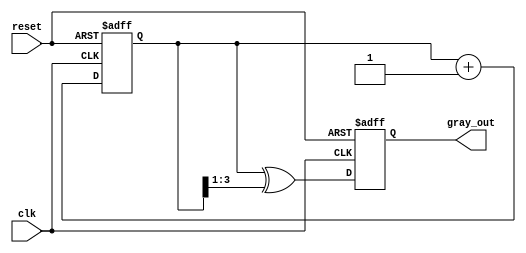
module gray_code_counter #(
    parameter N = 4  // Number of bits for the counter
)(
    input wire clk,          // Clock signal
    input wire reset,        // Asynchronous reset signal
    output reg [N-1:0] gray_out // Gray code output
);

    reg [N-1:0] binary_count; // Internal binary counter

    // Binary to Gray code conversion
    function [N-1:0] binary_to_gray;
        input [N-1:0] binary;
        begin
            binary_to_gray = binary ^ (binary >> 1);
        end
    endfunction

    // Always block for counting and Gray code conversion
    always @(posedge clk or posedge reset) begin
        if (reset) begin
            binary_count <= 0; // Reset binary counter to 0
            gray_out <= binary_to_gray(0); // Reset Gray code output to 0
        end else begin
            binary_count <= binary_count + 1; // Increment binary counter
            gray_out <= binary_to_gray(binary_count); // Convert to Gray code
        end
    end

endmodule